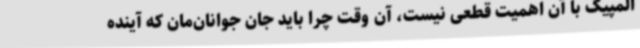
المپیک با آن اهمیت قطعی نیست، آن وقت چرا باید جان جوانان‌مان که آینده